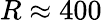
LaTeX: R\approx 400